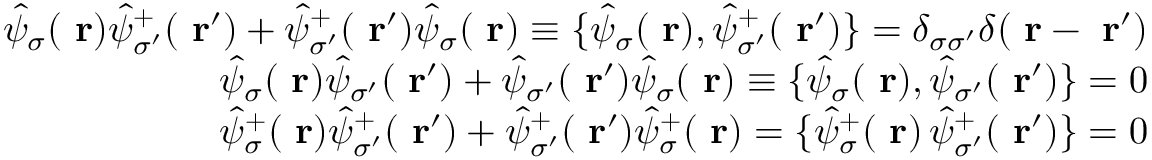
\begin{array} { r l r } & { } & { \hat { \psi } _ { \sigma } ( \mathrm { \bf ~ r } ) \hat { \psi } _ { \sigma ^ { \prime } } ^ { + } ( \mathrm { \bf ~ r } ^ { \prime } ) + \hat { \psi } _ { \sigma ^ { \prime } } ^ { + } ( \mathrm { \bf ~ r } ^ { \prime } ) \hat { \psi } _ { \sigma } ( \mathrm { \bf ~ r } ) \equiv \{ \hat { \psi } _ { \sigma } ( \mathrm { \bf ~ r } ) , \hat { \psi } _ { \sigma ^ { \prime } } ^ { + } ( \mathrm { \bf ~ r } ^ { \prime } ) \} = \delta _ { \sigma \sigma ^ { \prime } } \delta ( \mathrm { \bf ~ r } - \mathrm { \bf ~ r } ^ { \prime } ) } \\ & { } & { \hat { \psi } _ { \sigma } ( \mathrm { \bf ~ r } ) \hat { \psi } _ { \sigma ^ { \prime } } ( \mathrm { \bf ~ r } ^ { \prime } ) + \hat { \psi } _ { \sigma ^ { \prime } } ( \mathrm { \bf ~ r } ^ { \prime } ) \hat { \psi } _ { \sigma } ( \mathrm { \bf ~ r } ) \equiv \{ \hat { \psi } _ { \sigma } ( \mathrm { \bf ~ r } ) , \hat { \psi } _ { \sigma ^ { \prime } } ( \mathrm { \bf ~ r } ^ { \prime } ) \} = 0 } \\ & { } & { \hat { \psi } _ { \sigma } ^ { + } ( \mathrm { \bf ~ r } ) \hat { \psi } _ { \sigma ^ { \prime } } ^ { + } ( \mathrm { \bf ~ r } ^ { \prime } ) + \hat { \psi } _ { \sigma ^ { \prime } } ^ { + } ( \mathrm { \bf ~ r } ^ { \prime } ) \hat { \psi } _ { \sigma } ^ { + } ( \mathrm { \bf ~ r } ) = \{ \hat { \psi } _ { \sigma } ^ { + } ( \mathrm { \bf ~ r } ) \, \hat { \psi } _ { \sigma ^ { \prime } } ^ { + } ( \mathrm { \bf ~ r } ^ { \prime } ) \} = 0 } \end{array}